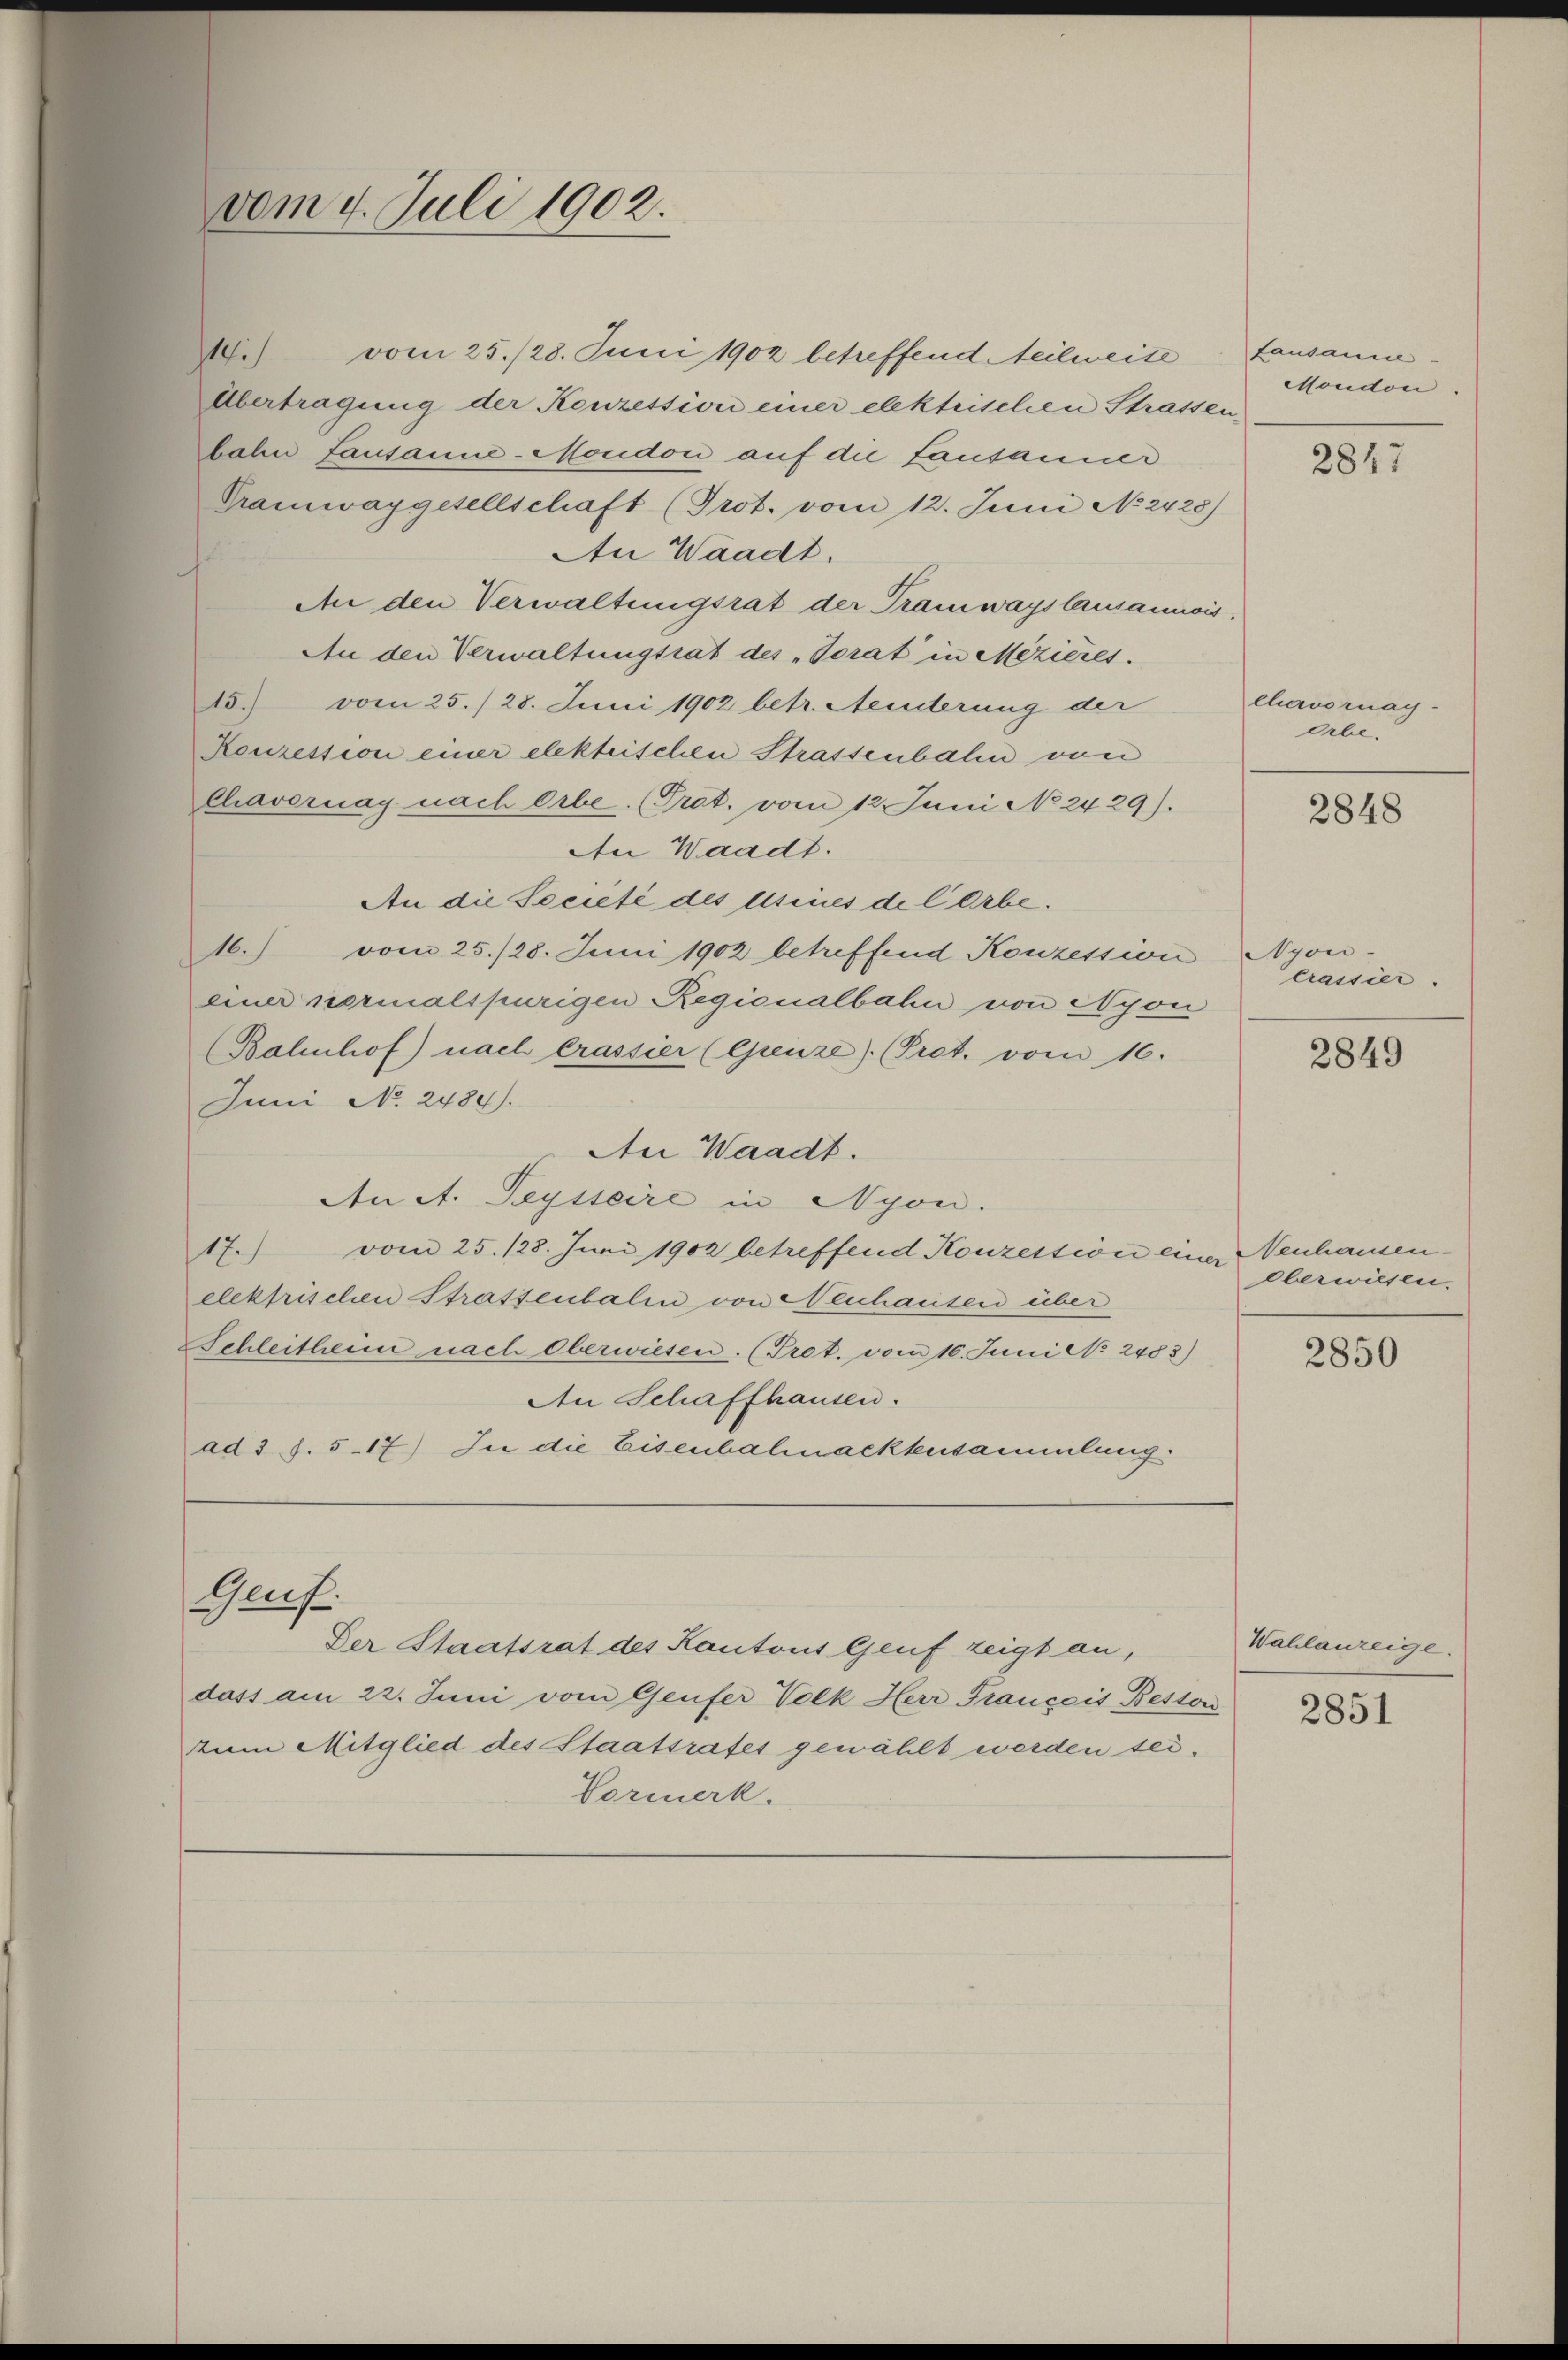
vom 9. Juli 1902.

Gunst.

19.
vom 25./28. Juni 1902 betreffend teilweite
Übertragung der Konzession einer elektrischen Strassenbahn fausanne-Mondon auf die Lausanner
Tramwaygesellschaft (Prot. vom 12. Juni No 2428)
An Waadt.
An den Verwaltungsrat der Tramwayslausannis
An den Verwaltungsrät des „Torat in Mezieres.
15. vom 25./28. Juni 1902 betr. Seiterung der
Konzession einer elektrischen Strassenbahn von
Chavernag nach Orbe. (Prot. vom 12. Juni No 2429).
An Waadt.
An die Societé des usines de larbe.
16.) vom 25./28. Juni 1902 betreffend Konzession Nyon-
einer normalspurigen Regionalbahn von Nyon
(Bahnhof) nach Crassier (Grenze). (Pret. vom 16.
Juni N. 2489).
An Waadt.
An A. Teysseire in Nyon.
17.) vom 25. 128. Juni 1902 betreffend Konzession eine Neuhamenelekfrischen Strassentalen von Neuhausen über
Schleitheim, nach oberwiesen. (Pret. vom 16. Juni No 2483)
An Schaffhausen.
ad 3 S. 517) In die Eisenbahnacktensammlung.

Der Staatsrat des Kantons Genf zeigt an,
dass am 22. Juni vom Genfer Volk Herr Francois Beston
zum Mitglied des Staatsrates gewählt werden sei.
Vormerk.

Lausanne
Moudon.

2847

clervornay-
Orbe.

2848

Crassier.

2849

oberwiesen.

2850

Wahlanzeige.

2851